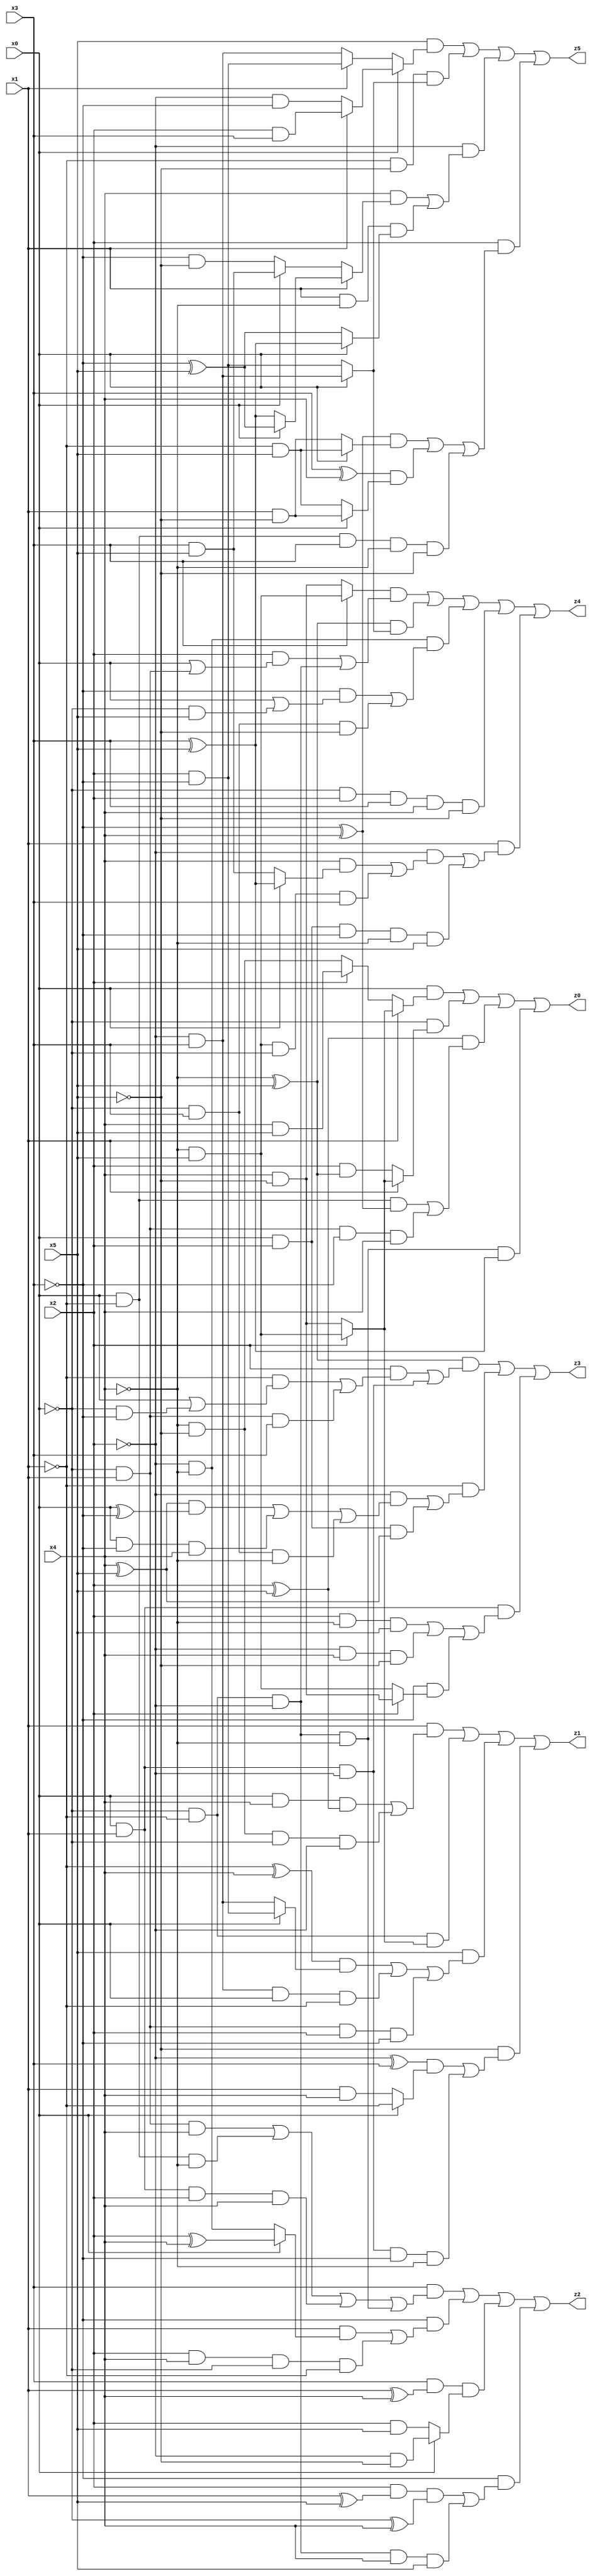
// Benchmark "X_42" written by ABC on Wed Jun 07 23:38:24 2023

module X_42 ( 
    x0, x1, x2, x3, x4, x5,
    z0, z1, z2, z3, z4, z5  );
  input  x0, x1, x2, x3, x4, x5;
  output z0, z1, z2, z3, z4, z5;
  assign z0 = (x0 & (x1 ? (x2 ? (~x4 & x5) : (x4 & ~x5)) : (x2 ? (x4 & x5) : (~x4 & ~x5)))) | (~x0 & (x1 ? (x2 ? (~x4 & x5) : (x4 & ~x5)) : (x2 & (~x4 ^ x5)))) | ((x2 ^ x5) & ((x0 & ~x1 & (~x3 ^ x4)) | (~x0 & x1 & ~x3 & x4))) | (~x0 & ~x1 & ~x2 & ~x4 & (x3 ^ x5));
  assign z1 = (x1 & ((x0 & x4 & (x2 ^ x5)) | (~x4 & ~x5 & ~x0 & ~x2))) | (~x0 & ~x1 & (x2 ? (~x4 & x5) : (x4 & ~x5))) | (x5 & (((~x1 ^ x4) & (x0 ? (x2 & ~x3) : (~x2 & x3))) | (~x2 & x3 & x0 & ~x1) | (~x0 & x1 & x2 & ~x3))) | (~x5 & (((~x2 ^ x3) & (x0 ? ~x1 : (x1 & x4))) | (x0 & x1 & ~x2 & ~x3 & ~x4)));
  assign z2 = (x3 & ((~x0 & x1 & x4) | (x0 & ~x1 & ~x4) | (x0 & x1 & x2 & x4) | (~x0 & ~x1 & ~x2 & ~x4))) | (~x3 & ((x1 & (x0 ? (x2 ^ x4) : (~x2 & ~x4))) | (x2 & x4 & ~x0 & ~x1))) | (x3 & (x1 ^ x4) & (x0 ? (~x2 & ~x5) : (x2 & x5))) | (~x3 & ((x2 & (x1 ^ x5) & (~x0 ^ x4)) | (~x0 & ~x1 & ~x2 & x4 & x5)));
  assign z3 = ((~x4 ^ x5) & ((x2 & ((~x1 & (x0 | (~x0 & ~x3))) | (~x0 & x1 & x3))) | (x0 & x1 & ~x2))) | (~x1 & ((~x2 & (((x4 ^ x5) & (x0 ^ ~x3)) | (x0 & ~x3 & x4) | (~x0 & x3 & ~x4))) | (x0 & x2 & (x4 ^ x5)))) | (x0 & x1 & ((x2 & ~x4 & x5) | (~x2 & x4 & ~x5) | (~x3 & (x2 ? (x4 & ~x5) : (~x4 & x5)))));
  assign z4 = ((x3 ? (~x4 & x5) : (x4 & ~x5)) & ((x2 & (x0 | (~x0 & x1))) | (~x0 & ~x1 & ~x2))) | ((~x4 ^ x5) & (x0 ? (~x2 & x3) : (x2 & ~x3))) | (~x2 & ~x4 & ((~x3 & (x0 | (~x0 & x5))) | (~x0 & x3 & ~x5))) | (~x0 & x2 & x3 & x4 & ~x5) | (x1 & ((~x2 & ((x4 & (x0 ? (x3 ^ x5) : (x3 & x5))) | (~x4 & x5 & ~x0 & x3))) | (x0 & x2 & ~x3 & ~x4 & x5)));
  assign z5 = (x5 & (x0 ? (x1 ? (x2 & x3) : (~x2 & ~x3)) : (x1 ? (x2 & ~x3) : (~x2 & x3)))) | (~x1 & ~x5 & (x0 ? (~x2 & x3) : (x2 & ~x3))) | (~x2 & ((x4 & (x1 ? (x0 ? (~x3 ^ x5) : (x3 ^ x5)) : (x0 ? (x3 & x5) : (~x3 & ~x5)))) | (x1 & ~x4 & (x0 ? (x3 ^ x5) : (~x3 ^ x5))))) | (x2 & (((~x3 ^ x4) & (x0 ? (~x1 & x5) : (x1 & ~x5))) | ((x3 ^ x4) & (x0 ? (x1 & ~x5) : (~x1 & x5))) | (x0 & ~x1 & x3 & ~x4 & ~x5)));
endmodule